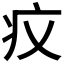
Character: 𤴧